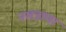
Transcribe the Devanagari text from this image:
नखत्राणा